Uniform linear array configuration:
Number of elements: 4
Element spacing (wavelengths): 1
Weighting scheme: blackman
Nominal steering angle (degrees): -60
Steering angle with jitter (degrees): -61.169
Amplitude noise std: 0.05
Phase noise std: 0.05

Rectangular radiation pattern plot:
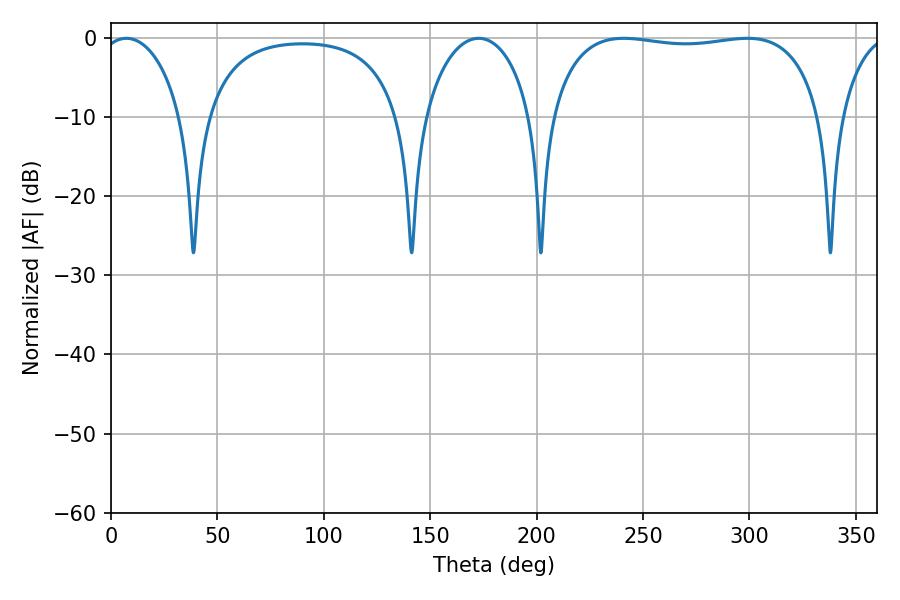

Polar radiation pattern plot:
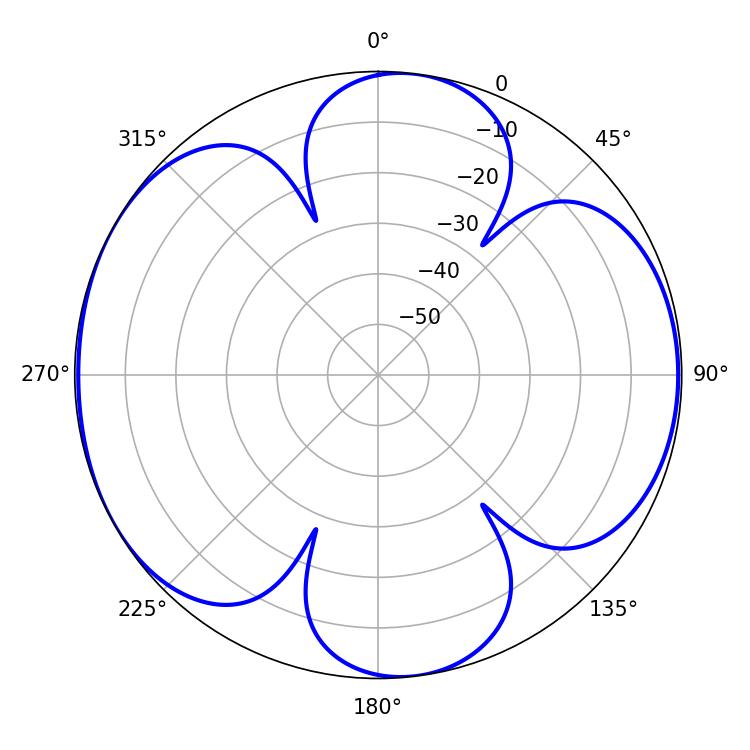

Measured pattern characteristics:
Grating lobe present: TRUE
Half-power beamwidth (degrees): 21.96
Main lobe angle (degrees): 7.2